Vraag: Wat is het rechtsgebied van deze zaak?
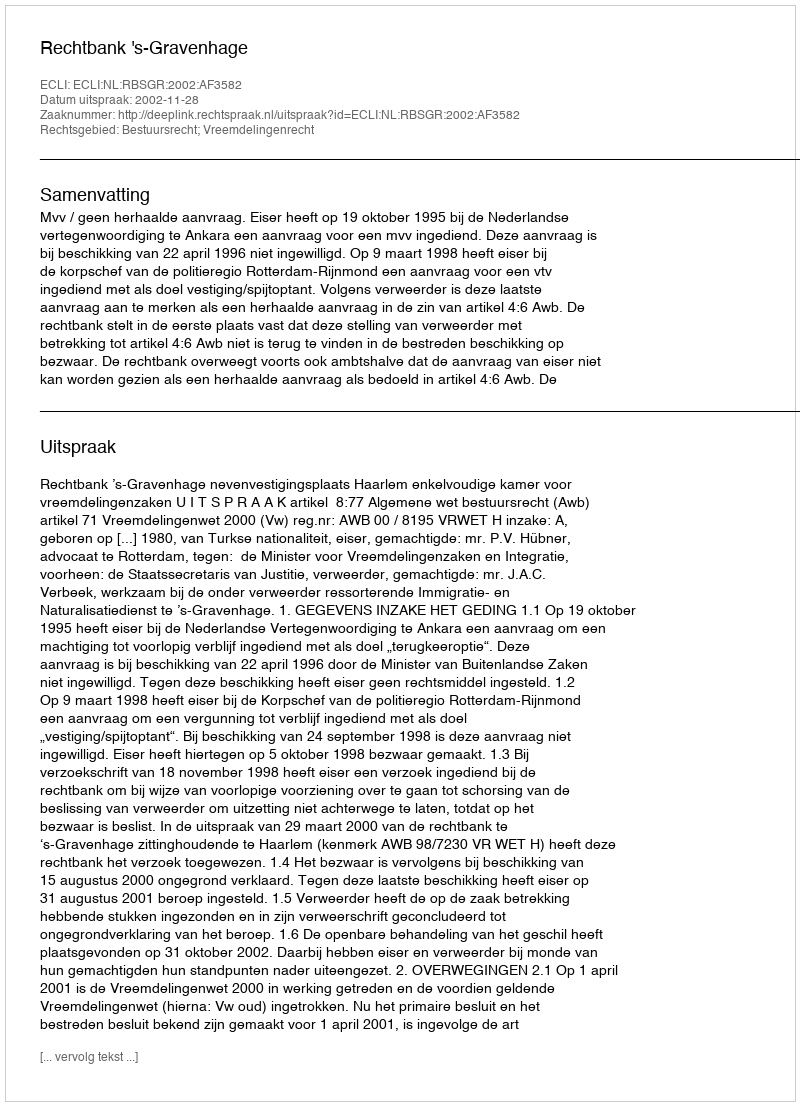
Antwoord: Bestuursrecht; Vreemdelingenrecht